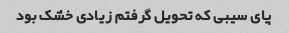
پای سیبی که تحویل گرفتم زیادی خشک بود